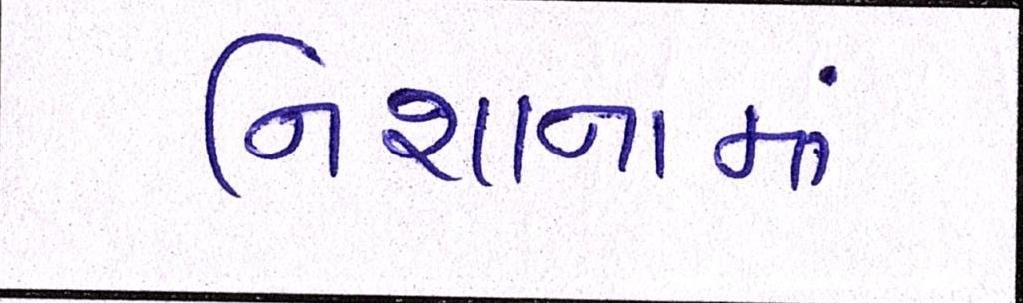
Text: નિશાનામાં